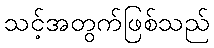
သင့်အတွက်ဖြစ်သည်